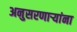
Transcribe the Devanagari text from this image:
अनुसरणाऱ्यांना